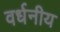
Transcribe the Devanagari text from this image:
वर्धनीय